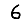
Digit: 6